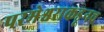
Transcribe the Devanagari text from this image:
परमेश्वराकडूनच